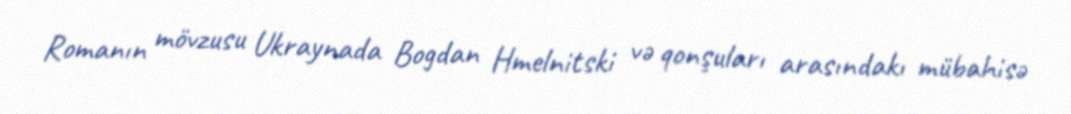
Romanın mövzusu Ukraynada Bogdan Hmelnitski və qonşuları arasındakı mübahisə